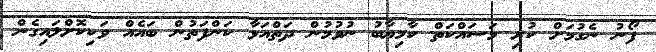
ފޯނު ނެގުމަށް ކުރި މަސައްކަތް ކާމިޔާބު ނުވުމުން ދަތްއަޅާ ކަންފަތުން ބައެއް ވަކިކޮށްލައިގެން